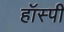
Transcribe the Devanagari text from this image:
हॉस्पी